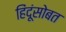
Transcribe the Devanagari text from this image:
हिंदूंसोबत